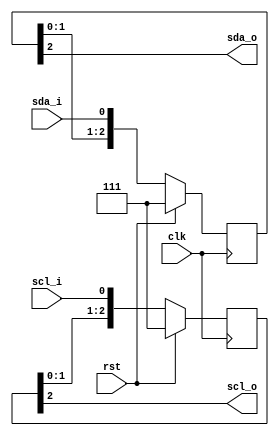
module i2c_sync(clk, rst, scl_i, sda_i, scl_o, sda_o);
parameter integer STAGES_G=3; /* slow signal */
input  wire clk;
input  wire rst;
input  wire sda_i;
output wire sda_o;
input  wire scl_i;
output wire scl_o;

localparam [STAGES_G-1:0] SYN_INIT_C = {STAGES_G { 1'b1 }};

(* ASYNC_REG = "TRUE" *) reg [STAGES_G-1:0] scl_syn = SYN_INIT_C;
(* ASYNC_REG = "TRUE" *) reg [STAGES_G-1:0] sda_syn = SYN_INIT_C;

	// registered scl/sda
	always @(posedge clk) begin
		if (rst) begin
			sda_syn <= SYN_INIT_C;
			scl_syn <= SYN_INIT_C;
		end else begin
			sda_syn <= {sda_syn[STAGES_G-2:0], sda_i};
			scl_syn <= {scl_syn[STAGES_G-2:0], scl_i};
		end
	end

	assign sda_o = sda_syn[STAGES_G-1];
	assign scl_o = scl_syn[STAGES_G-1];
	
endmodule